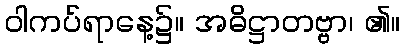
ဝါကပ်ရာနေ့၌။ အဓိဋ္ဌာတဗ္ဗာ၊ ၏။